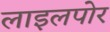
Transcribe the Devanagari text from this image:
लाइलपोर